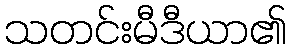
သတင်းမီဒီယာ၏